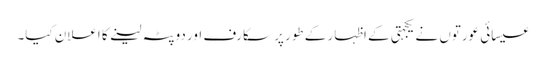
عیسائی عورتوں نے یکجہتی کے اظہار کے طور پر سکارف اور دوپٹہ لینے کا اعلان کیا۔